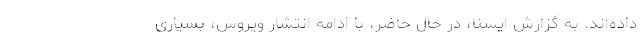
داده‌اند. به گزارش ایسنا، در حال حاضر، با ادامه انتشار ویروس، بسیاری